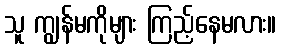
သူ ကျွန်မကိုများ ကြည့်နေမလား။